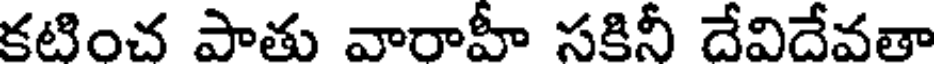
కటించ పాతు వారాహీ సకినీ దేవిదేవతా